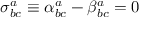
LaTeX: \sigma _ { b c } ^ { a } \equiv \alpha _ { b c } ^ { a } - \beta _ { b c } ^ { a } = 0